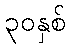
၃၀နှစ်